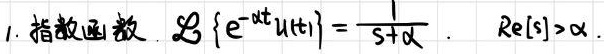
1. 指数函数. $\mathcal{L}\left\{e^{-\alpha t}u(t)\right\}=\frac{1}{s + \alpha}$. $\text{Re}[s]>\alpha$.